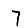
Digit: 7